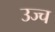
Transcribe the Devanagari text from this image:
उज्च